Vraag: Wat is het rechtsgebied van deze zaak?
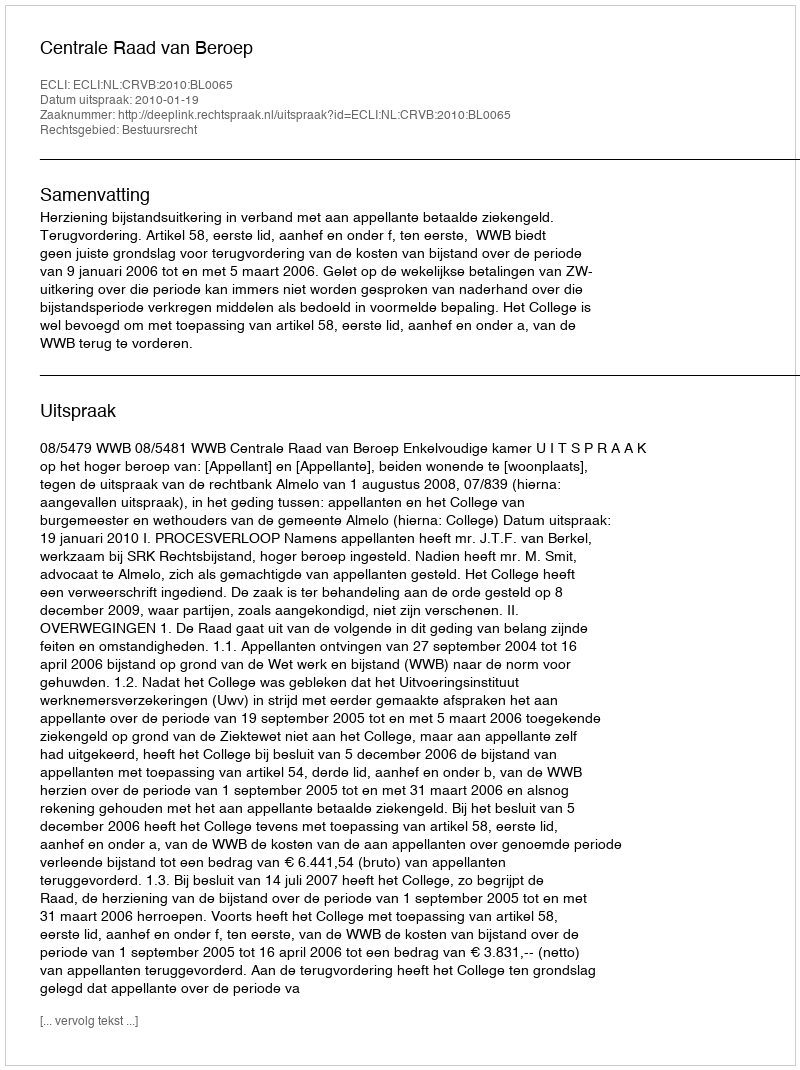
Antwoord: Bestuursrecht